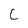
Character: C